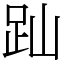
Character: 䟖